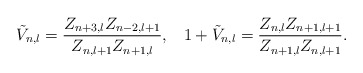
\begin{align*}\tilde{V}_{n,l}=\frac{Z_{n+3,l}Z_{n-2,l+1}}{Z_{n,l+1}Z_{n+1,l}},\;\;\;1+\tilde{V}_{n,l}=\frac{Z_{n,l}Z_{n+1,l+1}}{Z_{n+1,l}Z_{n,l+1}}.\end{align*}